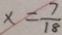
x = \frac { 7 } { 1 8 }